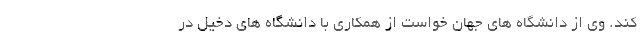
کند. وی از دانشگاه های جهان خواست از همکاری با دانشگاه های دخیل در